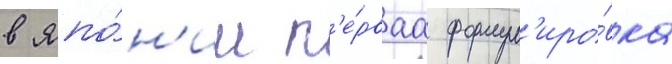
в япо́н'ии п'е́рваа формул'иро́вка